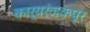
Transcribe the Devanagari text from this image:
कार्यरंजकपूर